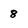
Character: 8